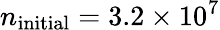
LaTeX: n_{\mathrm{initial}}=3.2\times 10^{7}